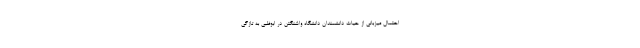
احتمال میزبانی از حیات دانشمندان دانشگاه واشنگتن در ابوظبی به تازگی